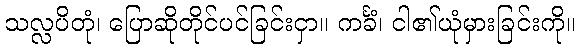
သလ္လပိတုံ၊ ပြောဆိုတိုင်ပင်ခြင်းငှာ။ ကင်္ခံ၊ ငါ၏ယုံမှားခြင်းကို။